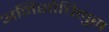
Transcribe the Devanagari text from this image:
अनिसोचिलुस